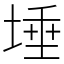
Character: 埵